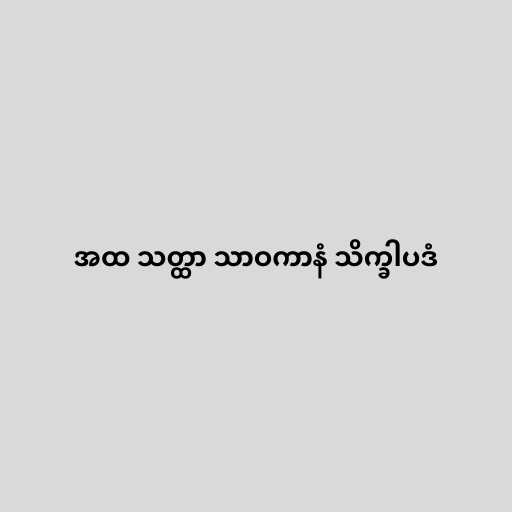
အထ သတ္ထာ သာဝကာနံ သိက္ခါပဒံ